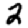
Digit: 2